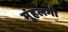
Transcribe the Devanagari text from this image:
मुंहलगी